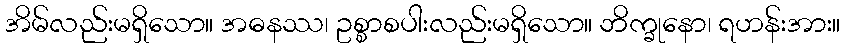
အိမ်လည်းမရှိသော။ အဓနဿ၊ ဥစ္စာစပါးလည်းမရှိသော။ ဘိက္ခုနော၊ ရဟန်းအား။